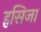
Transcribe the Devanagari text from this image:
हसिजा